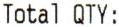
TOTAL QTY :